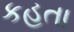
કહતા